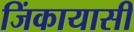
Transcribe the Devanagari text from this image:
जिंकायासी